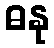
ဓနု